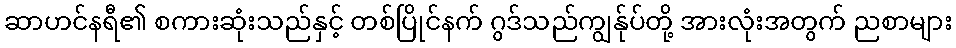
ဆာဟင်နရီ၏ စကားဆုံးသည်နှင့် တစ်ပြိုင်နက် ဂွဒ်သည်ကျွန်ုပ်တို့ အားလုံးအတွက် ညစာများ